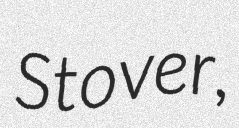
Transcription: Stover,